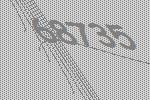
68735